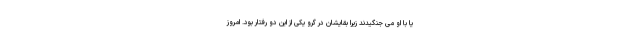
یا با او می جنگیدند زیرا بقایشان در گرو یکی از این دو رفتار بود. امروز